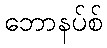
ဘောနပ်စ်